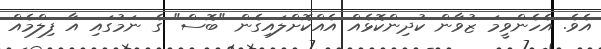
އެވެ. އެހެންވީމަ ޒުވާން ކުދިންކޮޅެއް އެއްކޮށްލައިގެން "ބޮސް" ގެ ނަމުގައި އާ ފިލްމެއް